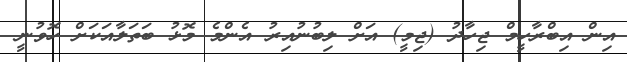
އިން އިބްރާހީމް ޖިހާދު (ޖިމީ) އަށް ލިބުނުއިރު އެންމެ މޮޅު ބަތަލާއަކަށް ހޮވުނީ